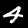
Label: 4